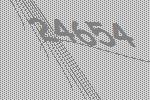
24654